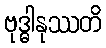
ဗုဒ္ဓါနုဿတိ